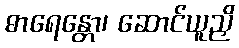
ဓာရေန္တော၊ ဆောင်ယူညှိ